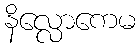
နိလ္လောကေမ